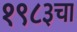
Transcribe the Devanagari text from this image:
१९८३चा